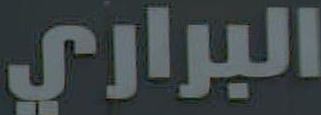
البراري